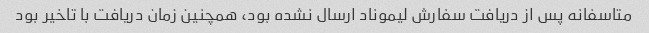
متاسفانه پس از دریافت سفارش لیموناد ارسال نشده بود، همچنین زمان دریافت با تاخیر بود